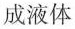
成液体